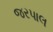
જરપાલ